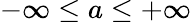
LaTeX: -\infty\leq a\leq+\infty